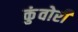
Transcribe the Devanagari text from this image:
कुंवोरी